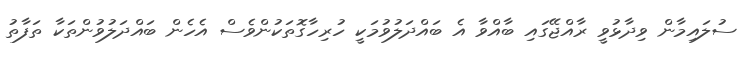
ސުލައިމާން ވިދާޅުވީ ރާއްޖޭގައި ބާއްވާ އެ ބައްދަލުވުމަކީ ހުރިހާގޮތަކުންވެސް އެހެން ބައްދަލުވުންތަކާ ތަފާތު